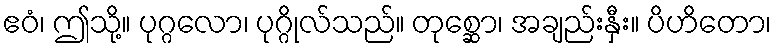
ဧဝံ၊ ဤသို့။ ပုဂ္ဂလော၊ ပုဂ္ဂိုလ်သည်။ တုစ္ဆော၊ အချည်းနှီး။ ပိဟိတော၊